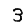
Digit: 3